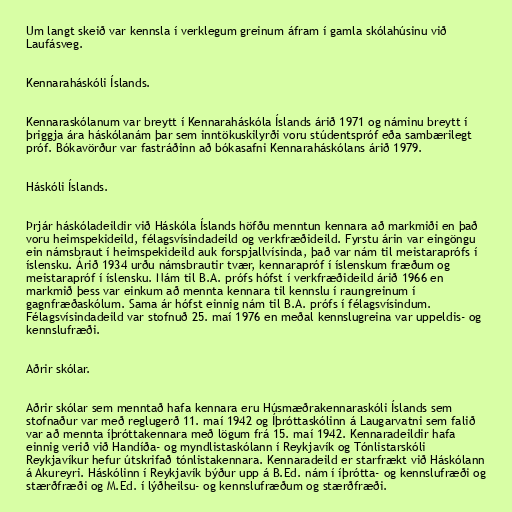
Um langt skeið var kennsla í verklegum greinum áfram í gamla skólahúsinu við
Laufásveg.

Kennaraháskóli Íslands.

Kennaraskólanum var breytt í Kennaraháskóla Íslands árið 1971 og náminu breytt í
þriggja ára háskólanám þar sem inntökuskilyrði voru stúdentspróf eða sambærilegt
próf. Bókavörður var fastráðinn að bókasafni Kennaraháskólans árið 1979.

Háskóli Íslands.

Þrjár háskóladeildir við Háskóla Íslands höfðu menntun kennara að markmiði en það
voru heimspekideild, félagsvísindadeild og verkfræðideild. Fyrstu árin var eingöngu
ein námsbraut í heimspekideild auk forspjallvísinda, það var nám til meistaraprófs í
íslensku. Árið 1934 urðu námsbrautir tvær, kennarapróf í íslenskum fræðum og
meistarapróf í íslensku. Nám til B.A. prófs hófst í verkfræðideild árið 1966 en
markmið þess var einkum að mennta kennara til kennslu í raungreinum í
gagnfræðaskólum. Sama ár hófst einnig nám til B.A. prófs í félagsvísindum.
Félagsvísindadeild var stofnuð 25. maí 1976 en meðal kennslugreina var uppeldis- og
kennslufræði.

Aðrir skólar.

Aðrir skólar sem menntað hafa kennara eru Húsmæðrakennaraskóli Íslands sem
stofnaður var með reglugerð 11. maí 1942 og Íþróttaskólinn á Laugarvatni sem falið
var að mennta íþróttakennara með lögum frá 15. maí 1942. Kennaradeildir hafa
einnig verið við Handíða- og myndlistaskólann í Reykjavík og Tónlistarskóli
Reykjavíkur hefur útskrifað tónlistakennara. Kennaradeild er starfrækt við Háskólann
á Akureyri. Háskólinn í Reykjavík býður upp á B.Ed. nám í íþrótta- og kennslufræði og
stærðfræði og M.Ed. í lýðheilsu- og kennslufræðum og stærðfræði.